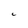
Character: c